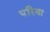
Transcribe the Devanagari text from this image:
परिवा